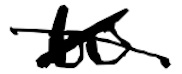
Text: to
Cross-out: cross
Writing tool: digital_black